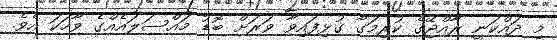
މި ދައްކަނީ ރާއްޖޭގެ ކުރިމަގާ ގުޅިފައިވާ ވަރަށް ބޮޑު މައްސަލައެއްގެ ވާހަކަ އެވެ.